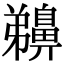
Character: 䶏